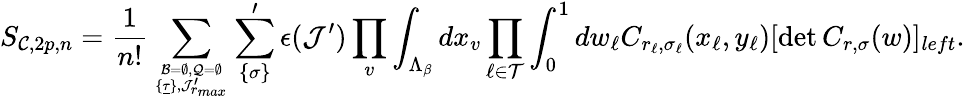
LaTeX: S_{{\cal C},2p,n}={\frac{1}{n!}}\sum_{{\cal B}=\emptyset,{\cal Q}=\emptyset\atop\{ \underline{\tau}\} ,{\cal J}_{r_{max}}^{\prime}}\sum_{\{ {\sigma}\} }^{\prime}{\epsilon}({\cal J}^{\prime})\prod_{v}\int_{\Lambda_{\beta}}dx_{v}\prod_{\ell\in{\cal T}}\int_{0}^{1}dw_{\ell}C_{r_{\ell},{\sigma}_{\ell}}(x_{\ell},y_{\ell})[\operatorname*{det}C_{r,{\sigma}}(w)]_{{left}}.